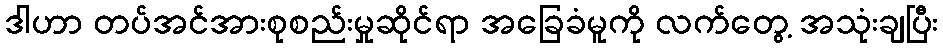
ဒါဟာ တပ်အင်အားစုစည်းမှုဆိုင်ရာ အခြေခံမူကို လက်တွေ့ အသုံးချပြီး